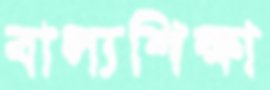
বাল্যশিক্ষা